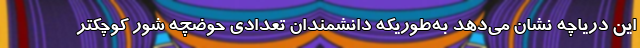
این دریاچه نشان می‌دهد به‌طوریکه دانشمندان تعدادی حوضچه شور کوچکتر